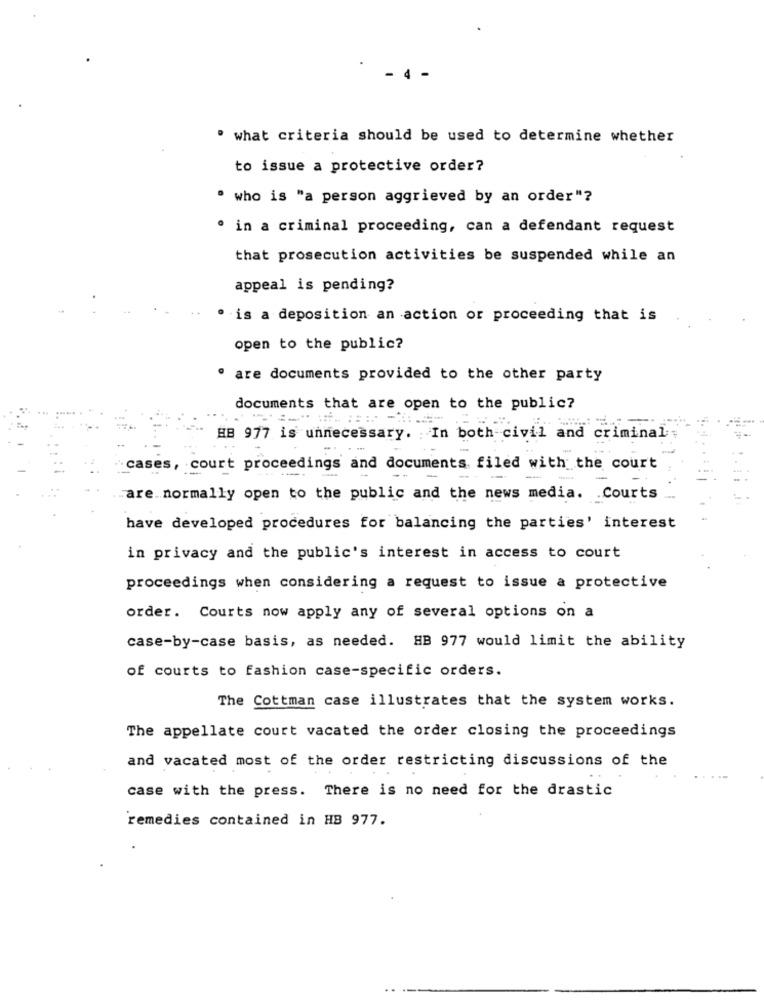
· what criteria should be used to determine whether
to issue a protective order?
who is "a person aggrieved by an order"?
· in a criminal proceeding, can a defendant request
that prosecution activities be suspended while an
appeal is pending?
is a deposition an action or proceeding that is
open to the public?
are documents provided to the other party
documents that are open to the public?
HB 977 is unnecessary. In both-civil and criminal
cases, court proceedings and documents filed with the court
--
-
are normally open to the public and the news media. . Courts
have developed procedures for balancing the parties' interest
in privacy and the public's interest in access to court
proceedings when considering a request to issue a protective
order. Courts now apply any of several options on a
case-by-case basis, as needed. HB 977 would limit the ability
of courts to fashion case-specific orders.
The Cottman case illustrates that the system works.
The appellate court vacated the order closing the proceedings
and vacated most of the order restricting discussions of the
case with the press. There is no need for the drastic
remedies contained in HB 977.